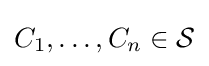
C_{1},\ldots ,C_{n}\in {\mathcal {S}}